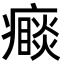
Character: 𭼮